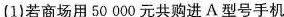
(1)若商场用50000元共购进A型号手机